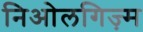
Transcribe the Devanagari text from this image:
निओलगिज़्म